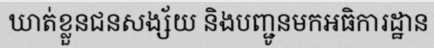
ឃាត់ខ្លួនជនសង្ស័យ និងបញ្ជូនមកអធិការដ្ឋាន